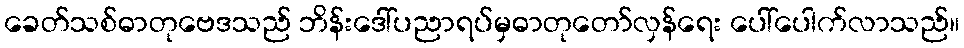
ခေတ်သစ်ဓာတုဗေဒသည် ဘိန်းဒေါ်ပညာရပ်မှဓာတုတော်လှန်ရေး ပေါ်ပေါက်လာသည်။